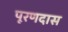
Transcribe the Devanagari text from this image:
पूरणदास